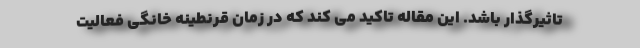
تاثیرگذار باشد. این مقاله تاکید می کند که در زمان قرنطینه خانگی فعالیت